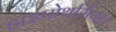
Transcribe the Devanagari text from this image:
हाइपोथर्मिया।